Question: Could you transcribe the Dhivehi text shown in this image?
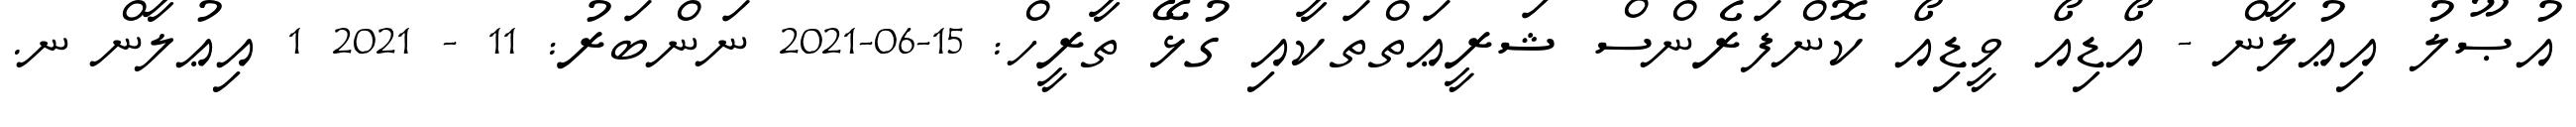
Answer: އުޞޫލު އިޢުލާން - އޯޑިއޯ ވީޑިއޯ ކޮންފަރެންސް ޝަރީޢަތްތަކާއި ގުޅޭ ތާރީހް: 15-06-2021 ނަންބަރު: 11 - 2021 1 އިޢުލާން ނ.